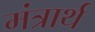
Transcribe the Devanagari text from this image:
मंत्रार्थ